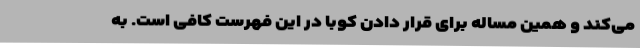
می‌کند و همین مساله برای قرار دادن کوبا در این فهرست کافی است. به